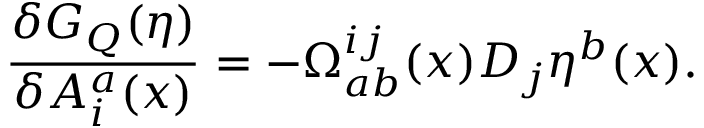
\frac { \delta G _ { Q } ( \eta ) } { \delta A _ { i } ^ { a } ( x ) } = - \Omega _ { a b } ^ { i j } ( x ) D _ { j } \eta ^ { b } ( x ) .